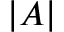
| A |